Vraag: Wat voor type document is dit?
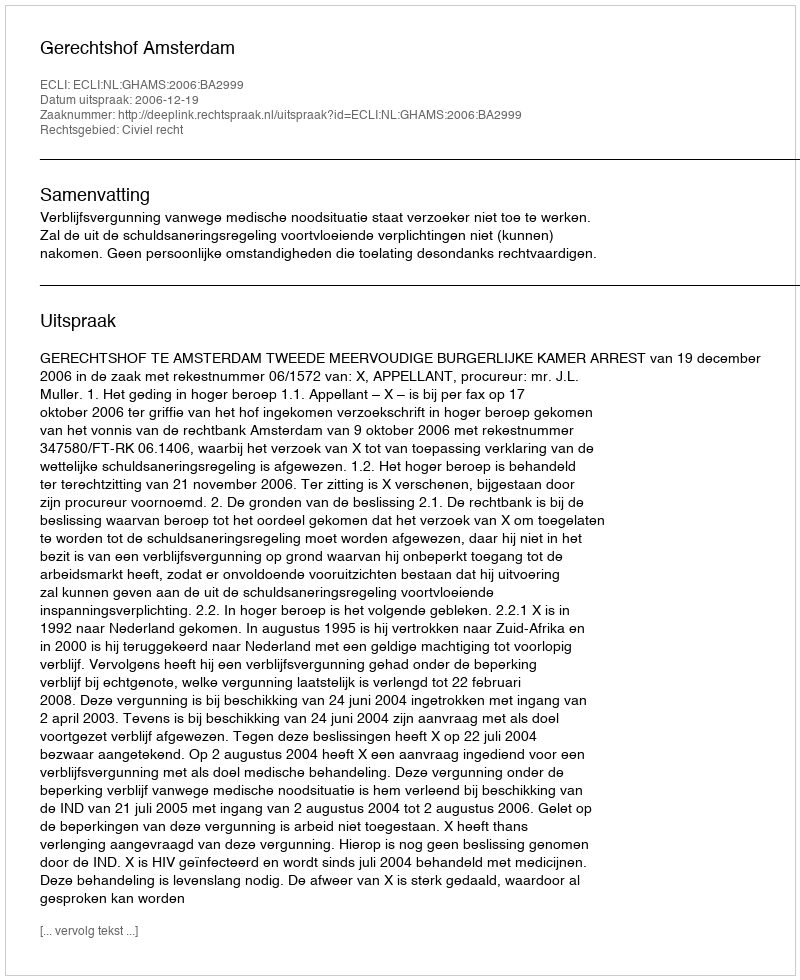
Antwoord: Uitspraak